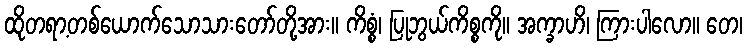
ထိုတရာ့တစ်ယောက်သောသားတော်တို့အား။ ကိစ္စံ၊ ပြုဘွယ်ကိစ္စကို။ အက္ခာဟိ၊ ကြားပါလော။ တေ၊